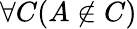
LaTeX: \forall C(A\notin C)